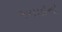
જમાઈનો